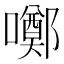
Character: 𡂸